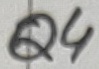
Text: Q4